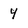
Character: Y